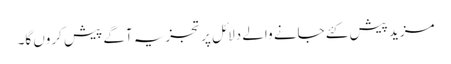
مزید پیش کئے جانے والے دلائل پر تجزیہ آگے پیش کروں گا۔